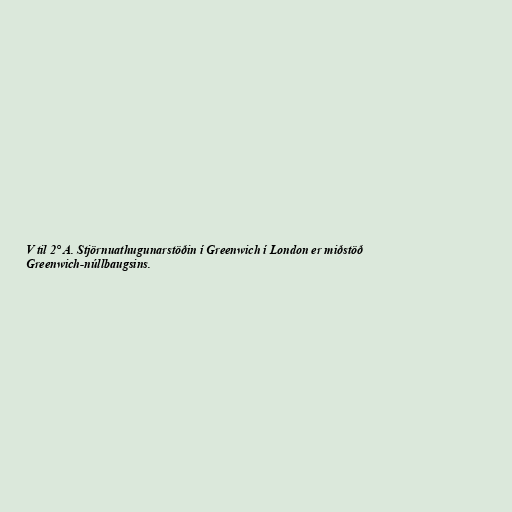
V til 2° A. Stjörnuathugunarstöðin í Greenwich í London er miðstöð
Greenwich-núllbaugsins.